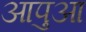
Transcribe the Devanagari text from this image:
आपुआ